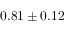
0 . 8 1 \pm 0 . 1 2